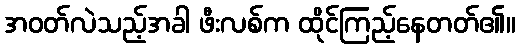
အဝတ်လဲသည့်အခါ ဖီးလစ်က ထိုင်ကြည့်နေတတ်၏။